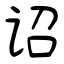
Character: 诏